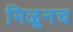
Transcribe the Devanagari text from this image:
मिळूनच